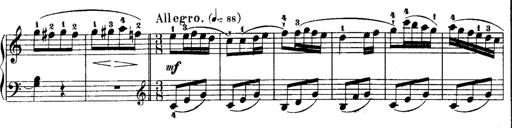
Title: Rondos and Sonatinas for Pianoforte
Composer: Daniel Steibelt